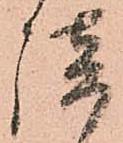
談